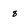
Character: 8